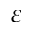
\varepsilon